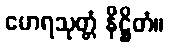
မောရသုတ္တံ နိဋ္ဌိတံ။